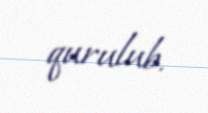
qurulub.